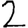
Digit: 2